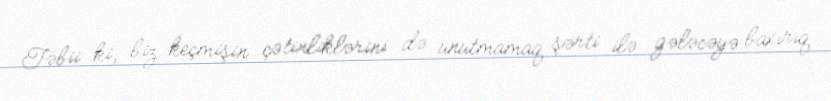
Təbii ki, biz keçmişin çətinliklərini də unutmamaq şərti ilə gələcəyə baxırıq